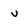
Character: v